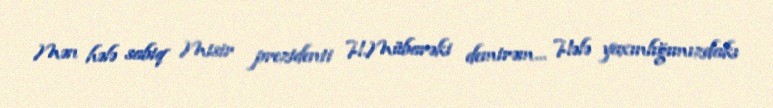
Mən hələ sabiq Misir prezidenti H.Mübarəki demirəm... Hələ yaxınlığımızdakı